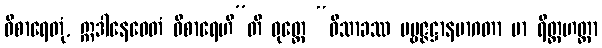
ဝိစာရေတုံ, ဣဒါနေဝေတံ ဝိစာရေဟီ”တိ ဝုတ္တေ “ဝိသာခဿ ပဗ္ဗဇ္ဇဋ္ဌာနမာဂတာ မာ ရိတ္တဟတ္ထာ